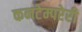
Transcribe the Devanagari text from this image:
कनटेम्परेरी